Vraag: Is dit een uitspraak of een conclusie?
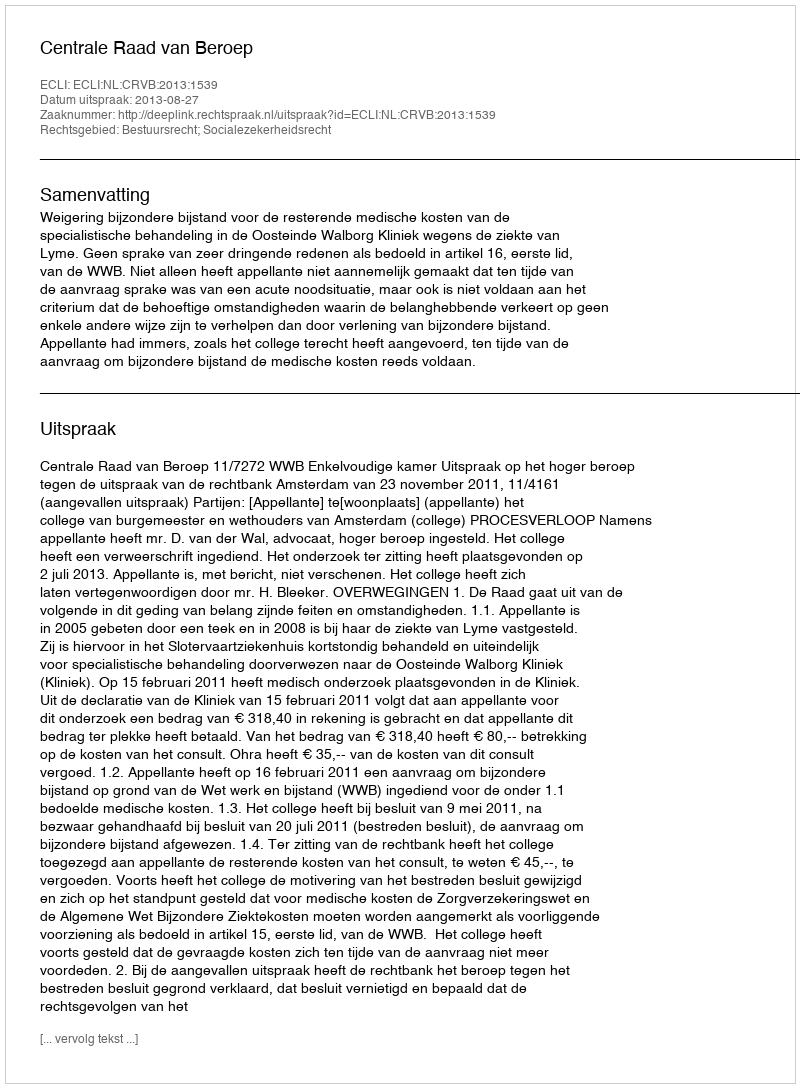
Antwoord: Uitspraak